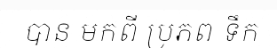
បាន មកពី ប្រភព ទឹក